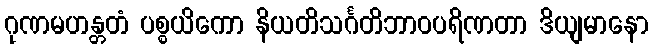
ဂုဏမဟန္တတံ ပစ္စယိကော နိယတိသင်္ဂတိဘာဝပရိဏတာ ဒိယျမာနော